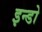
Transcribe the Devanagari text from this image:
इन्डो